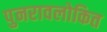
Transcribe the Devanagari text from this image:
पुनरावलोकित